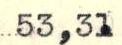
53,31